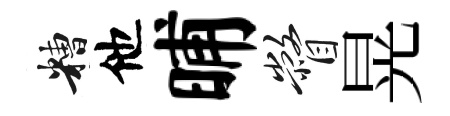
糟他晡瞥晃